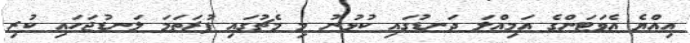
އިއްޔެ އެވަޓަންގެ އަމިއްލަ ދަނޑުގައި ކުޅުނު މި މެޗުގައި ފުރަތަމަ ލަނޑުޖަހައި ކުރި